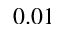
0 . 0 1